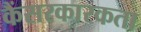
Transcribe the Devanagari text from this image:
कैंसरकारकता